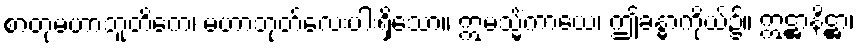
စာတုမဟာဘူတိကေ၊ မဟာဘုတ်လေးပါးရှိသော။ ဣမသ္မိံကာယေ၊ ဤခန္ဓာကိုယ်၌။ ဣဋ္ဌာနိဋ္ဌာ၊